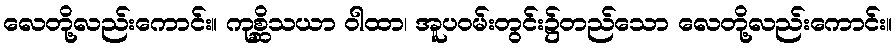
လေတို့လည်းကောင်း။ ကုစ္ဆိသယာ ဝါထာ၊ အူပဝမ်းတွင်း၌တည်သော လေတို့လည်းကောင်း။